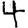
Digit: 4